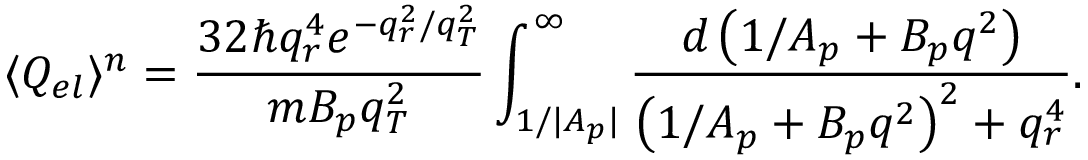
\langle Q _ { e l } \rangle ^ { n } = \frac { 3 2 \hbar q _ { r } ^ { 4 } e ^ { - q _ { r } ^ { 2 } / q _ { T } ^ { 2 } } } { m B _ { p } q _ { T } ^ { 2 } } \int _ { 1 / { | A _ { p } | } } ^ { \infty } { \frac { d \left( 1 / A _ { p } + B _ { p } q ^ { 2 } \right) } { { \left( 1 / A _ { p } + B _ { p } q ^ { 2 } \right) } ^ { 2 } + q _ { r } ^ { 4 } } } .